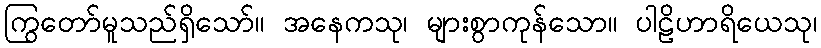
ကြွတော်မူသည်ရှိသော်။ အနေကသု၊ များစွာကုန်သော။ ပါဠိဟာရိယေသု၊